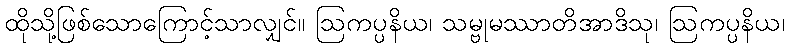
ထိုသို့ဖြစ်သောကြောင့်သာလျှင်။ ဩကပ္ပနိယ၊ သမ္ဗုမဿာတိအာဒိသု၊ ဩကပ္ပနိယ၊